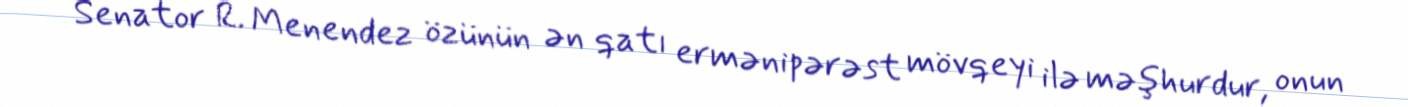
Senator R. Menendez özünün ən qatı ermənipərəst mövqeyi ilə məşhurdur, onun